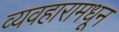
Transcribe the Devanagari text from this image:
व्यवहारामधून